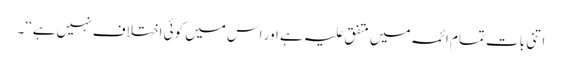
اتنی بات تمام ائمہ میں متفق علیہ ہے اور اس میں کوئی اختلاف نہیں ہے‘‘۔